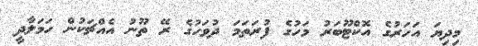
މިދިޔަ އަހަރުގެ އޮކްޓޫބަރު މަހުގެ ފުރަތަމަ ދުވަހުގެ ރޭ ތޫނު އެއްޗަކުން ހަމަލާދީ